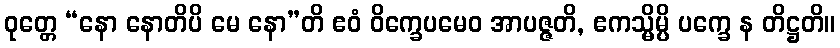
ဝုတ္တေ “နော နောတိပိ မေ နော”တိ ဧဝံ ဝိက္ခေပမေဝ အာပဇ္ဇတိ, ဧကသ္မိမ္ပိ ပက္ခေ န တိဋ္ဌတိ။